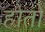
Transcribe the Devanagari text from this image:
होतों